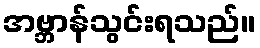
အဗ္ဘာန်သွင်းရသည်။